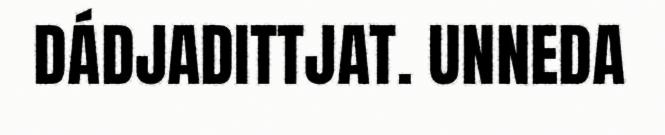
DÁDJADITTJAT. UNNEDA